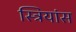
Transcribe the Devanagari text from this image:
स्त्रियांस